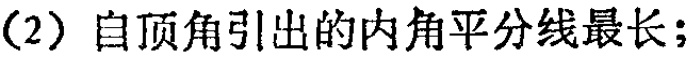
（2）自顶角引出的内角平分线最长；